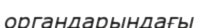
органдарындағы